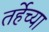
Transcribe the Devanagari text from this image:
तर्हेच्या